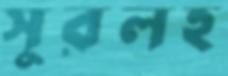
সুরলহ